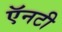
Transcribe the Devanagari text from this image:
ऍनटी